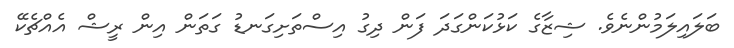
ބަލައިލަމުންނެވެ. ޝިޒާގެ ކަޅުކަންގަދަ ފަން ދިގު އިސްތަށިގަނޑު ގަތަން އިން ރީޝް އެއްޗެކޭ